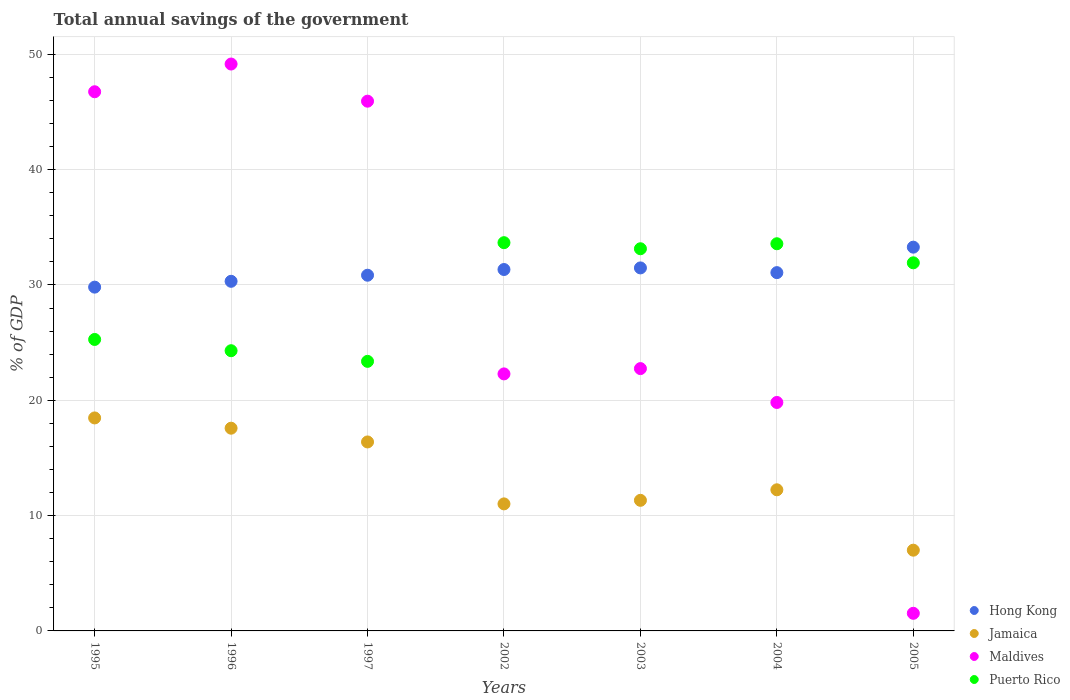
| Years | Hong Kong | Jamaica | Maldives | Puerto Rico |
 | --- | --- | --- | --- | --- |
 | 1995 | 29.8 | 18.5 | 46.8 | 25.3 |
 | 1996 | 30.3 | 17.6 | 49.2 | 24.3 |
 | 1997 | 30.8 | 16.4 | 45.9 | 23.4 |
 | 2002 | 31.3 | 11 | 22.3 | 33.7 |
 | 2003 | 31.5 | 11.3 | 22.7 | 33.1 |
 | 2004 | 31.1 | 12.2 | 19.8 | 33.6 |
 | 2005 | 33.3 | 7 | 1.53 | 31.9 |